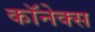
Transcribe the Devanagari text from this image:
कॉनेक्स